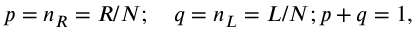
p = n _ { R } = R / N ; \quad q = n _ { L } = L / N ; p + q = 1 ,